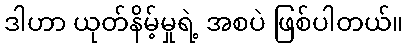
ဒါဟာ ယုတ်နိမ့်မှုရဲ့ အစပဲ ဖြစ်ပါတယ်။